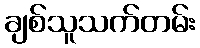
ချစ်သူသက်တမ်း